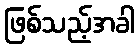
ဖြစ်သည့်အခါ